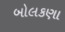
બોલકણા